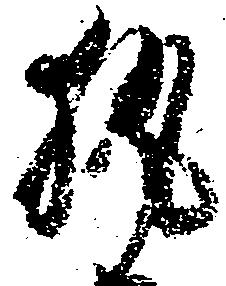
執